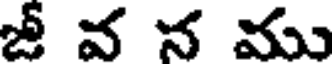
జీ వ న ము